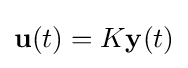
\mathbf {u} (t)=K\mathbf {y} (t)